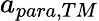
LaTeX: a_{para,TM}